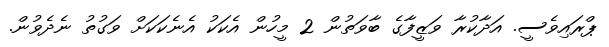
ޕްރައިވެސީ. އަދާކުރާ ވަޒީފާގެ ބާވަތުން 2 މީހުން އެެކަކު އެނެކަކަށް ވަގުތު ނެދެވުން.